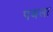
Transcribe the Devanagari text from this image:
पबला